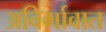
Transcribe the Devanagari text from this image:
अविर्भावात